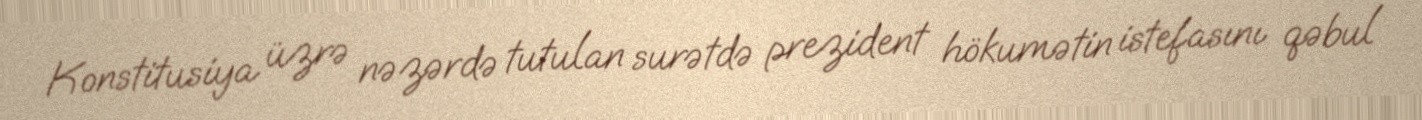
Konstitusiya üzrə nəzərdə tutulan surətdə prezident hökumətin istefasını qəbul